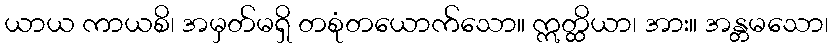
ယာယ ကာယစိ၊ အမှတ်မရှိ တစုံတယောက်သော။ ဣတ္ထိယာ၊ အား။ အန္တမသော၊